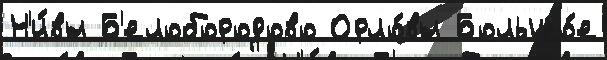
Н'и́вы Б'елобородово Орло́вы Большо́е